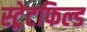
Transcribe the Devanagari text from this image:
स्ट्रेटफिल्ड